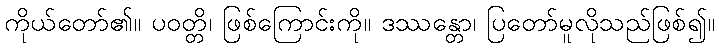
ကိုယ်တော်၏။ ပဝတ္တိ၊ ဖြစ်ကြောင်းကို။ ဒဿန္တော၊ ပြတော်မူလိုသည်ဖြစ်၍။